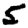
Digit: 5